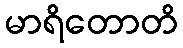
မာရိတောတိ